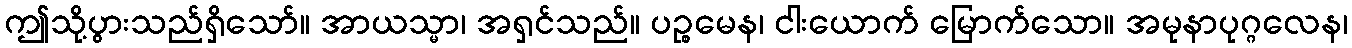
ဤသို့ပွားသည်ရှိသော်။ အာယသ္မာ၊ အရှင်သည်။ ပဉ္စမေန၊ ငါးယောက် မြောက်သော။ အမုနာပုဂ္ဂလေန၊